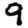
Digit: 9